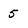
Character: 5